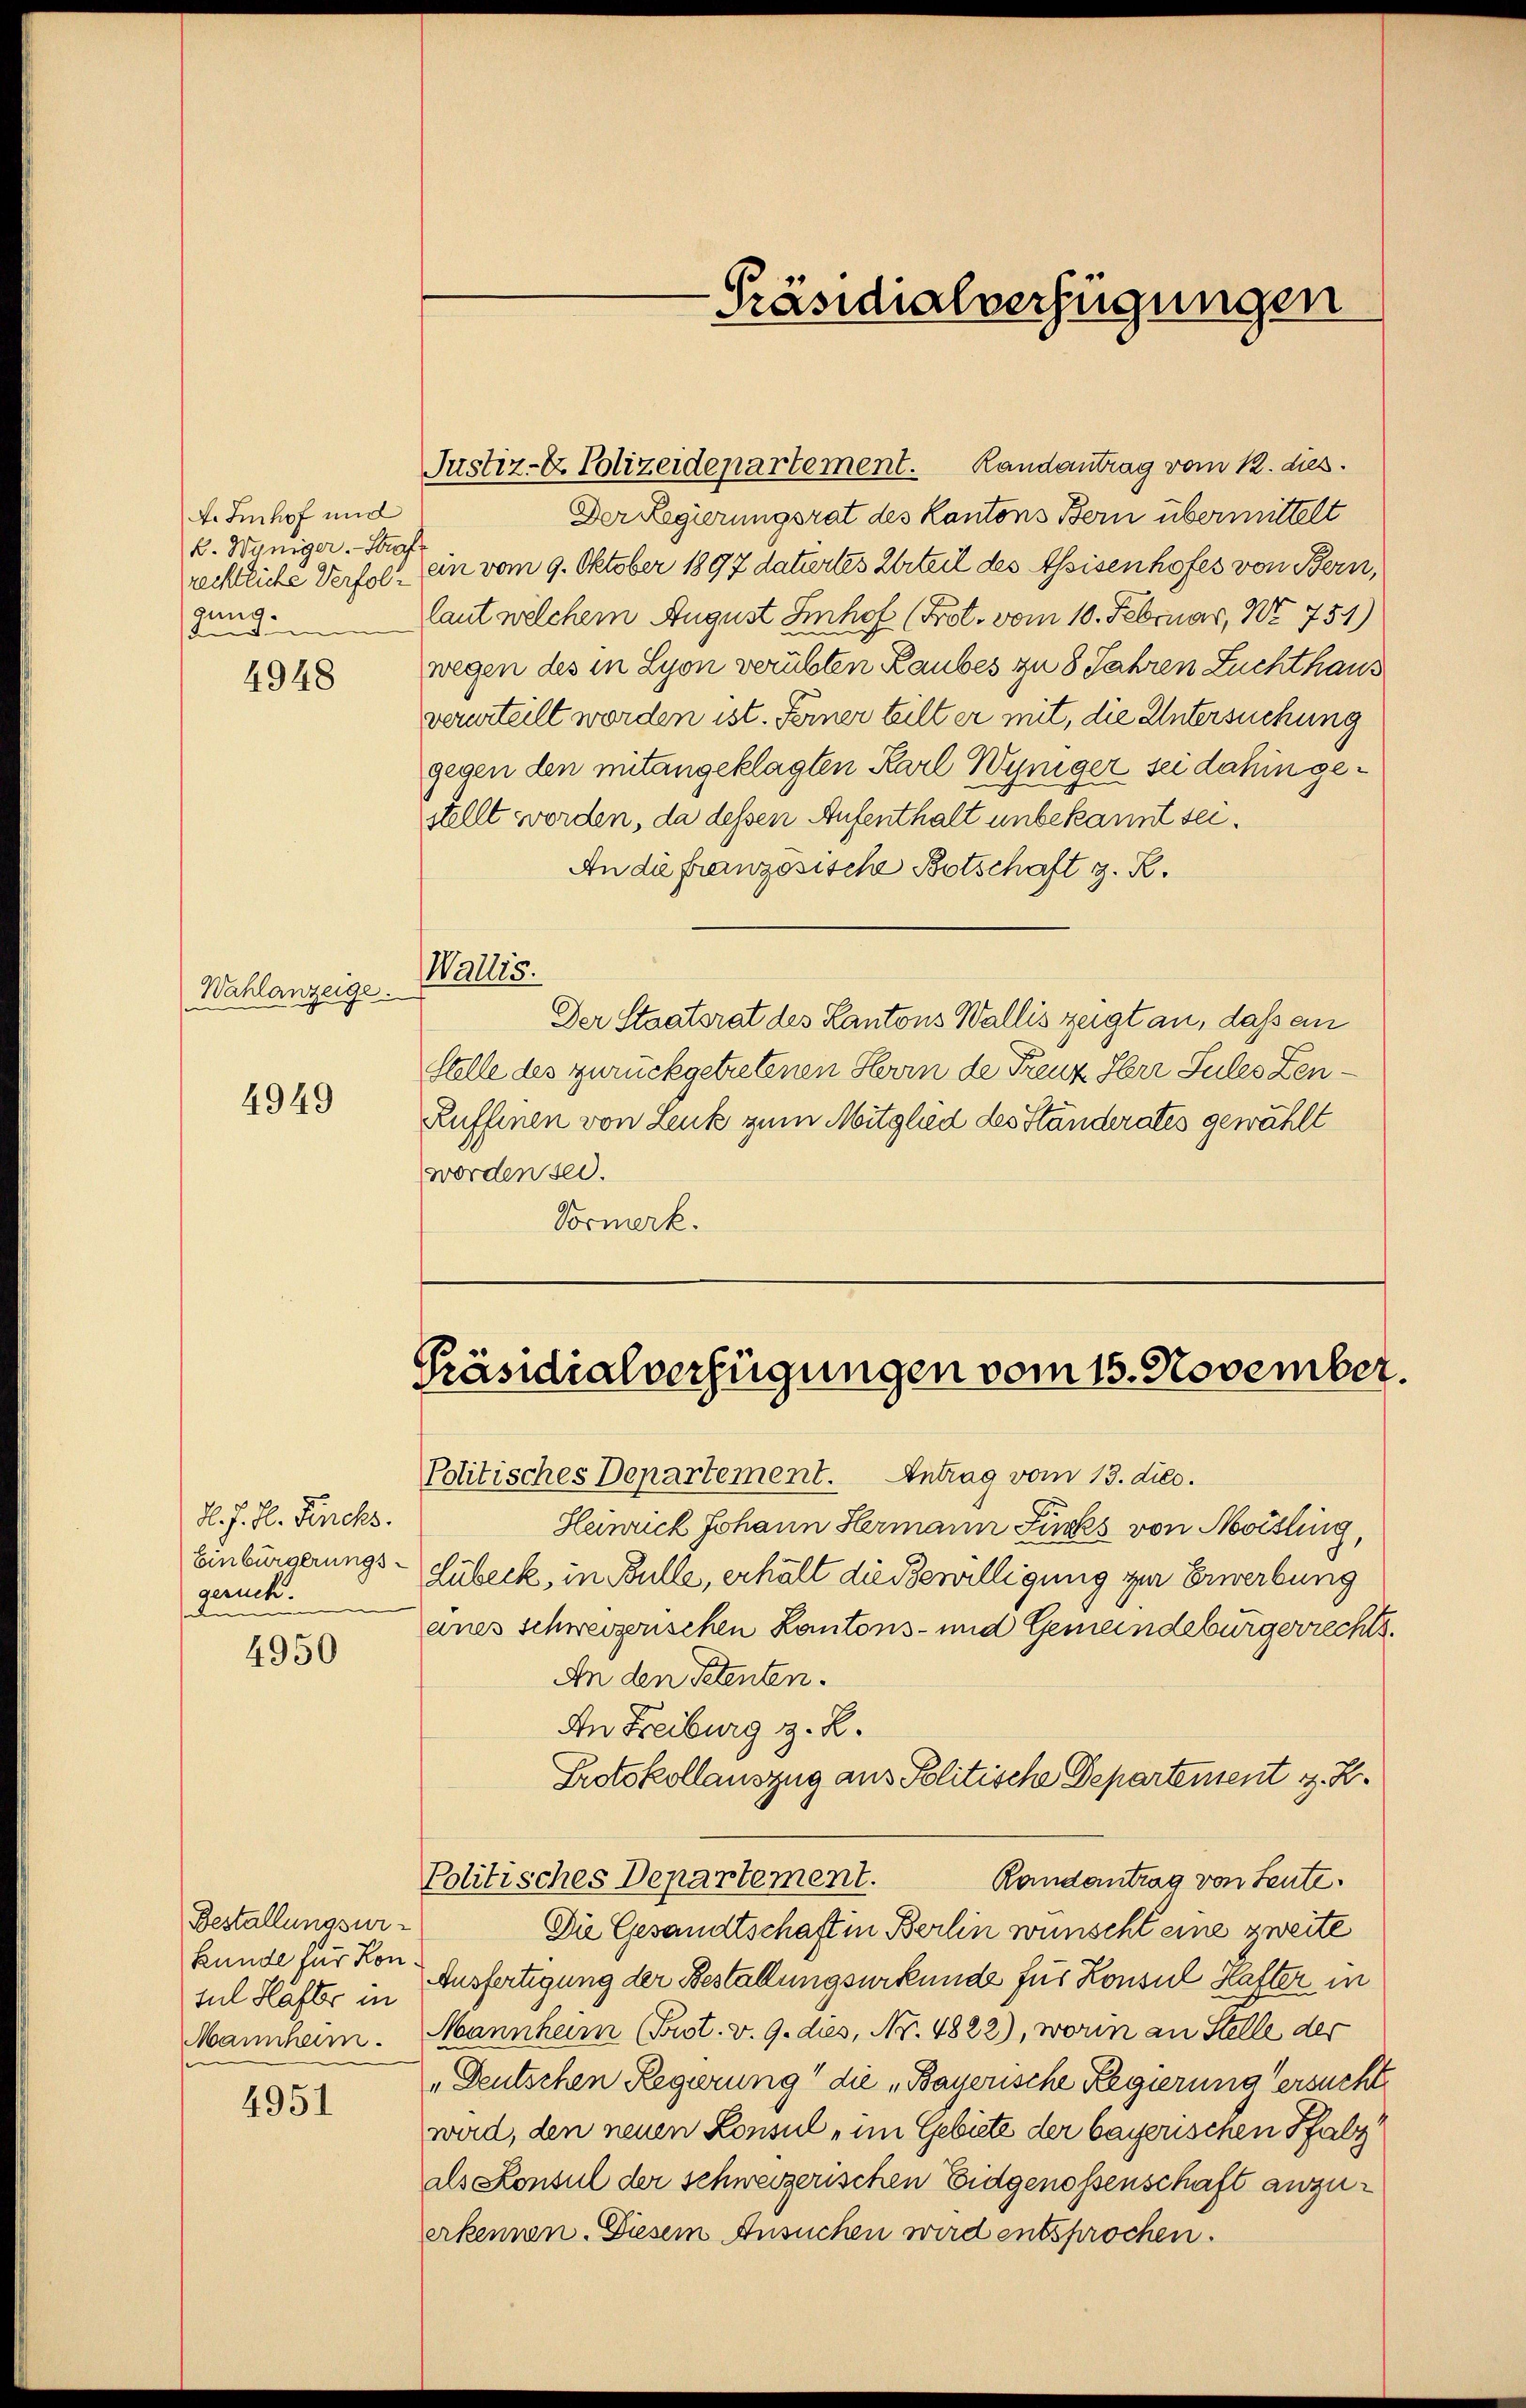
A. Imhof und
k. Weniger. - Stras
gung.

4948

Wahlanzeige.

4949

d. J. H. Fincks.
gerück.
e

4950

Bestallungsur¬
Kunde für Kon.
Mannham.

4951

Justiz- & Polizeidepartement. Randantrag vom 12. dies

Politisches Departement. Antrag vom 13. diec.

Der Regierungsrat des Kantons Bern übermittelt
rechtliche Verfol. ein vom 9. Oktober 1897 datirtes Urteil des Assisenhofes von Bern,
laut welchem August Einhof (Frot. vom 10. Februar, No 751)
wegen des in Lyon verübten Raubes zu 8 Jahren Zuchthaus
verurteilt worden ist. Ferner teilt er mit, die Untersuchung
gegen den mitangeklagten Karl Wyniger sei dahin gestellt worden, da dessen Aufenthalt unbekannt sei¬
An die französische Botschaft z. R.
Wallis.
Der Staatsrat des Kantons Wallis zeigt an, daß ein
Stelle des zurückgetretenen Herrn de Freuz Herr Sules Zen¬
Ruffinen von Leuk zum Mitglied des Ständerates gewählt
worden sei.
Vormerk.

Henrick Johann Hermann Finks von Moisling,
Einbürgerungs- Lübeck, in Bulle, erhält die Bewilligung zur Erwerbung
anes schweizerischen Kantons- und Gemeindebürgerrechts
An den Petenten.
An Freiburg z. B.
Protokollauszug aus Politische Departement z. B.
Politisches Departement.
Randantrag von Leute.
Die Gesandtschaft in Berlin wünscht eine zweite
sul Häfte in Ausfertigung der Bestallungsurkunde für Konsul Hafter in
Mannheim Prot. v. 9. dies, Nr. 4822), worin an Stelle der
„Deutschen Regierung“ die „Bayerische Regierung ersucht
wird, den neuen Konsul - im Gebiete der bayerischen Pfalz
als Konsul der schweizerischen Eidgenossenschaft anzuerkennen. Diesem Ansuchen wird entsprochen.

Präsidialverfügungen

Präsidialverfügungen vom 15. November.